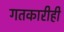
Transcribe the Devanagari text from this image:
गतकारीही